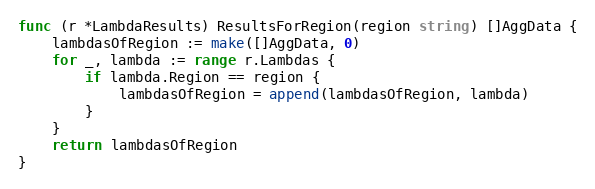
Language: Go
func (r *LambdaResults) ResultsForRegion(region string) []AggData {
	lambdasOfRegion := make([]AggData, 0)
	for _, lambda := range r.Lambdas {
		if lambda.Region == region {
			lambdasOfRegion = append(lambdasOfRegion, lambda)
		}
	}
	return lambdasOfRegion
}